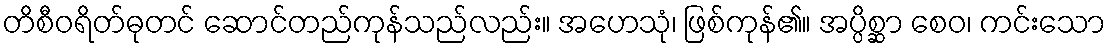
တိစီဝရိတ်ဓုတင် ဆောင်တည်ကုန်သည်လည်း။ အဟေသုံ၊ ဖြစ်ကုန်၏။ အပ္ပိစ္ဆာ စေဝ၊ ကင်းသော